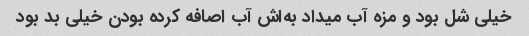
خیلی شل بود و مزه آب میداد به‌اش آب اصافه کرده بودن خیلی بد بود